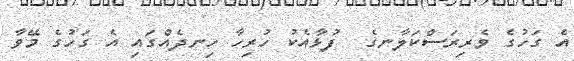
އެ ގަހުގެ ވެރިރަސްކަލާނގެ  ފުޅާއެކު ހުރިހާ ހިނދެއްގައި އެ ގަހުގެ މޭވާ